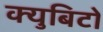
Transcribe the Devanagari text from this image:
क्युबिटों